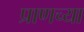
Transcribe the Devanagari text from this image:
प्राणच्या